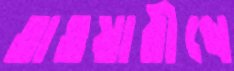
তাওয়ারীখে